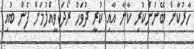
ހާރުކާން ބޭނުންކުރި ކާނާ އާއި ކުރީ ދުވަހު ރޯދަ ވީއްލުމަށް ފެން ބުއި